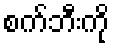
စက်ဘီးကို